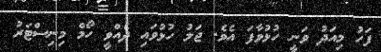
ފަހު މިއަދު ވަނީ ހުޅުވާފަ އެވެ. ޖަލު ހުޅުވައި ދެއްވީ ހޯމް މިނިސްޓަރު